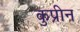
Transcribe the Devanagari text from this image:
कुप्रीन